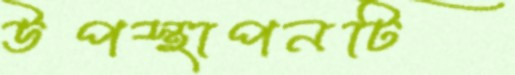
উপস্থাপনটি